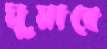
ঘুমাবে